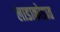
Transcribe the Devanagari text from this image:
लाडाकोडात